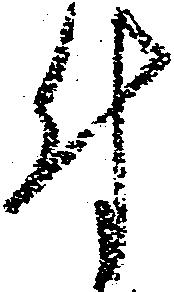
付